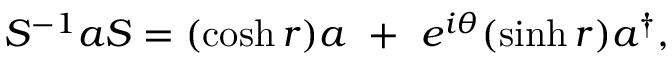
S ^ { - 1 } a S = ( \cosh r ) a ~ + ~ e ^ { i \theta } ( \sinh r ) a ^ { \dagger } ,